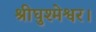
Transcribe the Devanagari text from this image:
श्रीघुश्मेश्वर।